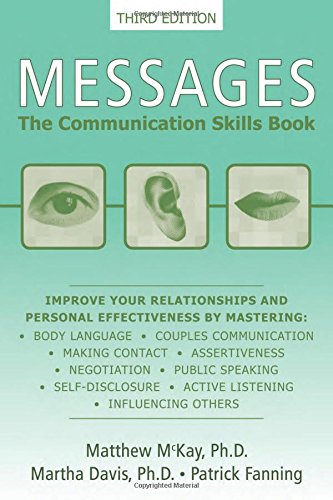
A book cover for Messages: The Communication Skills Book; Matthew McKay PhD; Reference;